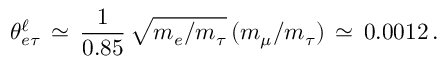
\theta _ { e \tau } ^ { \ell } \, \simeq \, \frac { 1 } { 0 . 8 5 } \, \sqrt { m _ { e } / m _ { \tau } } \, ( m _ { \mu } / m _ { \tau } ) \, \simeq \, 0 . 0 0 1 2 \, .